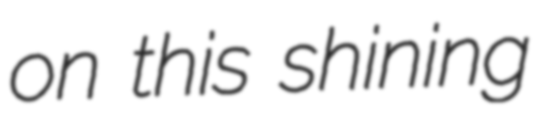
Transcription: on this shining